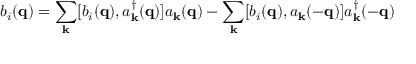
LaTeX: b _ { i } ( { \bf { q } } ) = \sum _ { { \bf { k } } } [ b _ { i } ( { \bf { q } } ) , a _ { { \bf { k } } } ^ { \dagger } ( { \bf { q } } ) ] a _ { { \bf { k } } } ( { \bf { q } } ) - \sum _ { { \bf { k } } } [ b _ { i } ( { \bf { q } } ) , a _ { { \bf { k } } } ( - { \bf { q } } ) ] a _ { { \bf { k } } } ^ { \dagger } ( - { \bf { q } } )